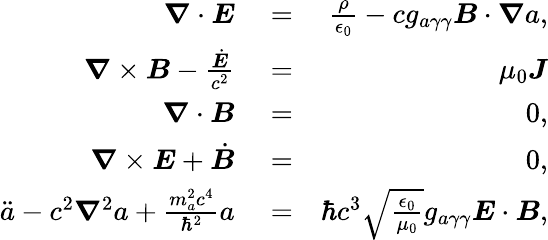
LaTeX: \begin{array}{rlr}{\boldsymbol\nabla\cdot\boldsymbol E}&{{}=}&{\frac{\rho}{\epsilon_{0}}-cg_{a\gamma\gamma}\boldsymbol B\cdot\boldsymbol\nabla a,}\\ {\boldsymbol\nabla\times\boldsymbol B-\frac{\dot{\boldsymbol E}}{c^{2}}}&{{}=}&{\mu_{0}\boldsymbol J}\\ {\boldsymbol\nabla\cdot\boldsymbol B}&{{}=}&{0,}\\ {\boldsymbol\nabla\times\boldsymbol E+\dot{\boldsymbol B}}&{{}=}&{0,}\\ {\ddot{a}-c^{2}\boldsymbol\nabla^{2}a+\frac{m_{a}^{2}c^{4}}{\hbar^{2}}a}&{{}=}&{\hbar c^{3}\sqrt{\frac{\epsilon_{0}}{\mu_{0}}}g_{a\gamma\gamma}\boldsymbol E\cdot\boldsymbol B,}\end{array}